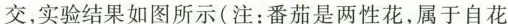
交，实验结果如图所示(注：番茄是两性花，属于自花